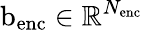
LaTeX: \mathrm{b}_{\mathrm{enc}}\in\mathbb{R}^{N_{\mathrm{enc}}}